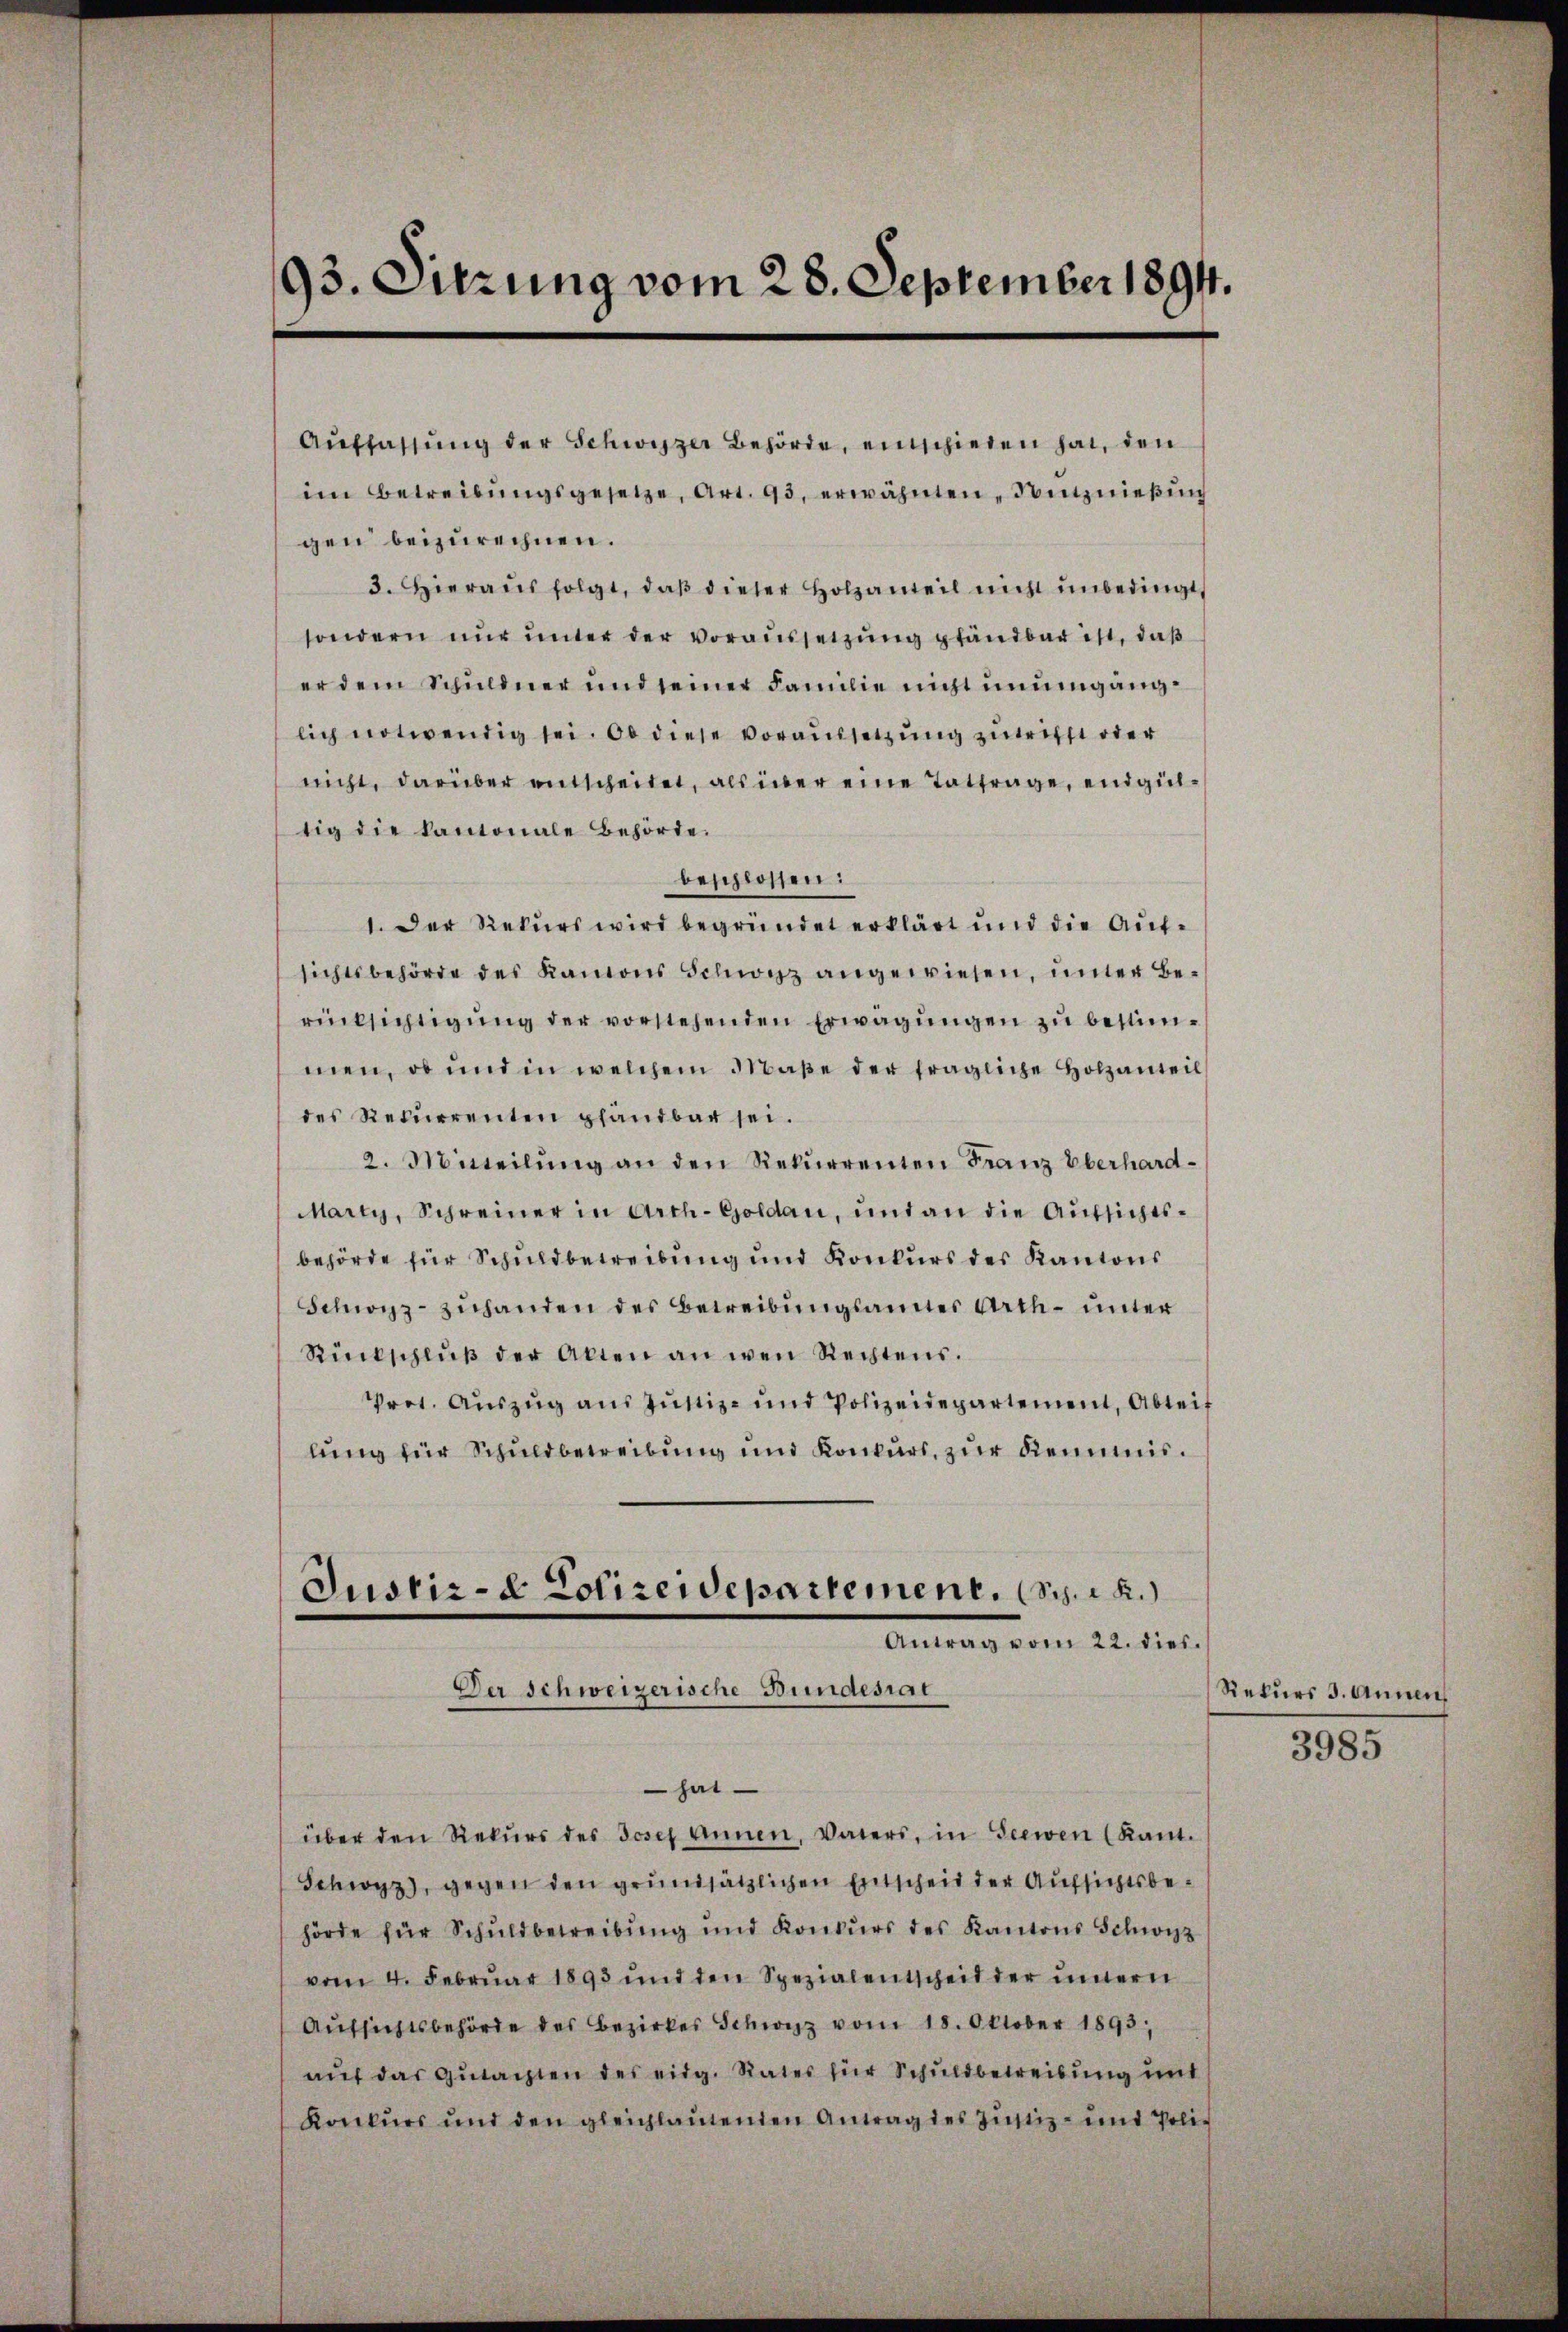
93. Sitzung vom 28. September 1894.

Aŭffassŭng der Schwyzer Behörde, einschieden hat, den
im Betreibŭngsgesetze, Art. 93, erwähnten Sitznießung
gen beizurechnen.
3. Hieraŭsfolgt, daβ dieser Holzanteil nicht unbedingt
sondern nur unter der voraussetzung pfandbar ist, daß
er dem Schuldner und seiner Familie nicht unumgänglich notwendig sei. Ob diese Voraussetzung zurichst oder
nicht, darüber entscheidet, als über eine Tatfrage, endgültig die kantonale Behörde.
beschlossen:
1. Der Rekurs wird begründet erklärt und die Aufsichtsbehörde des Kanons Schanz angewiesen, unter Berücksichtigung der vorstehenden Erwägungen zu bestimmen, ob und in welchem Maße der fragliche Holzanteil
des Recurrenten pfandbar sei.
2. Mitteilŭng an den Rekurrenten Franz Oberhard-
Marty, Schreiner in Arch-Goldau, und an die Aŭfsichts-
behörde für Schuldbetreibung und Konkurs des Kantons
Schwyz-zuhanden des Betreibungsamter Arth- unter
Rückschlŭβ der Akten an wen Rechtens.
Prot. Aŭszŭg ans Justiz- und Polizeidepartement, Abteif
lung für Schuldbetreibung und Konkurs, zur Reimis¬
Justiz- & Polizeidepartement. (S. 22.
Antrag vom 22. dies
Der Schweizerische Bundesrat
 hat
über den Rekŭrs des Josef annen, Vaters, in Seewen (Kant.
Schwyz), gegen den grundsätzlichen Entscheit der Aufsichtsbehörde für Schŭldbetreibŭng und Konkŭrs des Kantons Schwyz
vom 4. Febrŭar 1895 und den Spezialentscheit der untern
Aŭfsichtsbehörde des Bezirkes Schwyz vom 18. Oktober 1893,
aŭf das Gŭtachten des eidg. Rates für Schuldbetreibung mit
Konkŭrs und den gleichlaŭtenden Antrag des Jŭstiz- und Polit

Rekurs 3. Annaus
3985